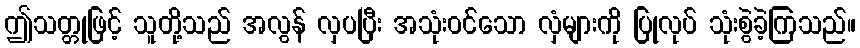
ဤသတ္တုဖြင့် သူတို့သည် အလွန် လှပပြီး အသုံးဝင်သော လှံများကို ပြုလုပ် သုံးစွဲခဲ့ကြသည်။